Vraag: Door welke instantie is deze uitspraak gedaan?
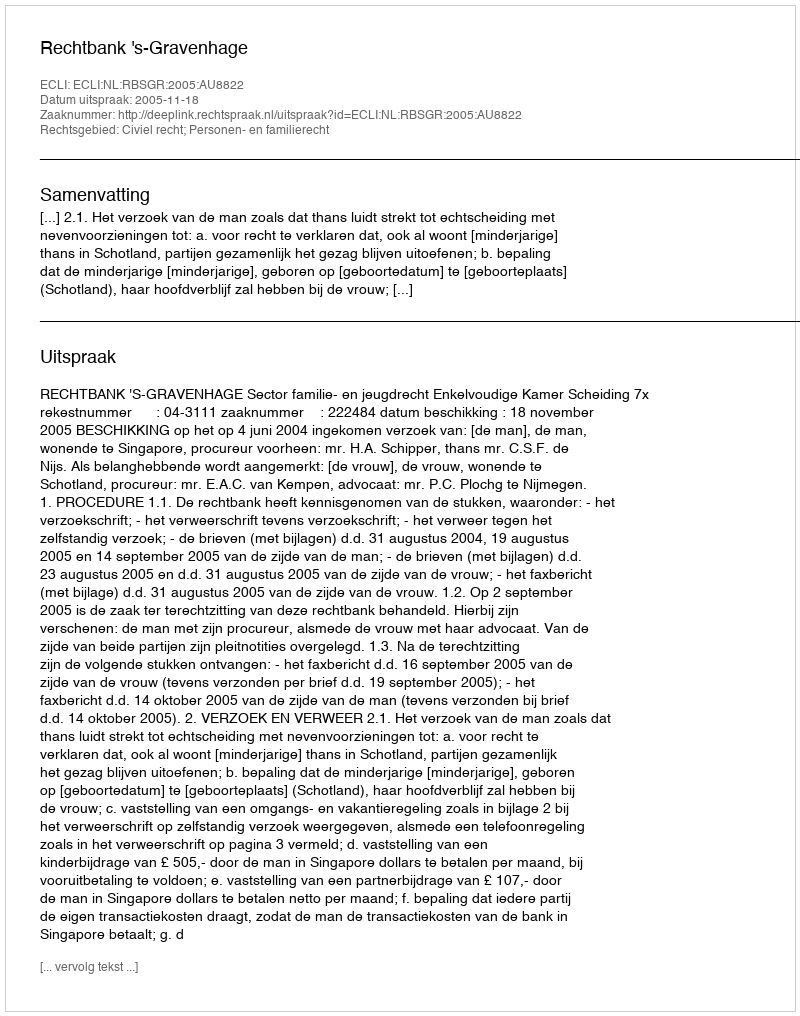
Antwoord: Rechtbank 's-Gravenhage